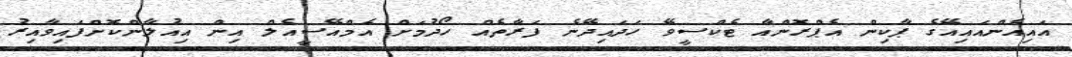
އައިއެންއައިއޭގެ ޕާކިން އެޕްރޮންއާ ޓެކްސީވޭ ހަދައިދޭނެ ފަރާތެއް ހޯދުމަށް އެމްއޭސީއެލް އިން އިއުލާންކޮށްފައިވާއިރު